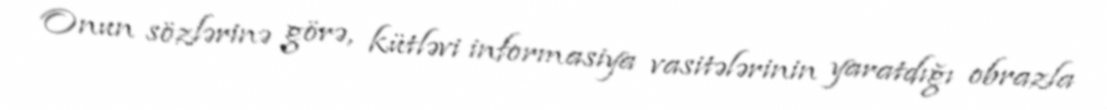
Onun sözlərinə görə, kütləvi informasiya vasitələrinin yaratdığı obrazla